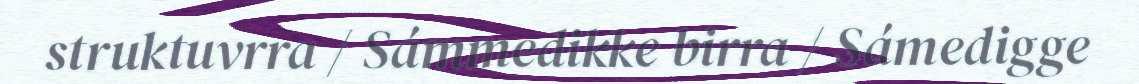
struktuvrra / Sámmedikke birra / Sámedigge